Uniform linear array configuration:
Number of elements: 24
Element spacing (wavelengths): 0.75
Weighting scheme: binomial
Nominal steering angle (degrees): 0
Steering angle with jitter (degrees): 1.01
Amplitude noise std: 0.05
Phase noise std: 0.05

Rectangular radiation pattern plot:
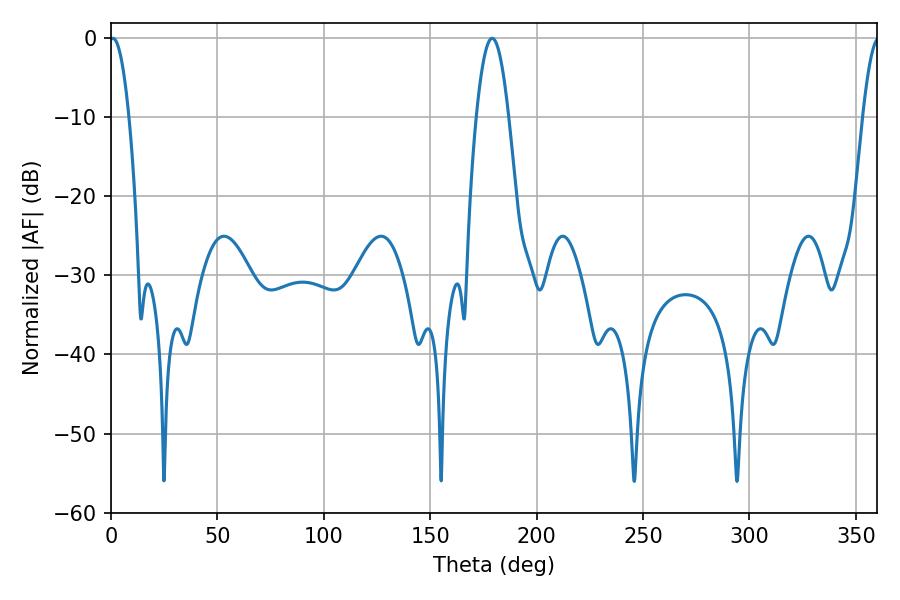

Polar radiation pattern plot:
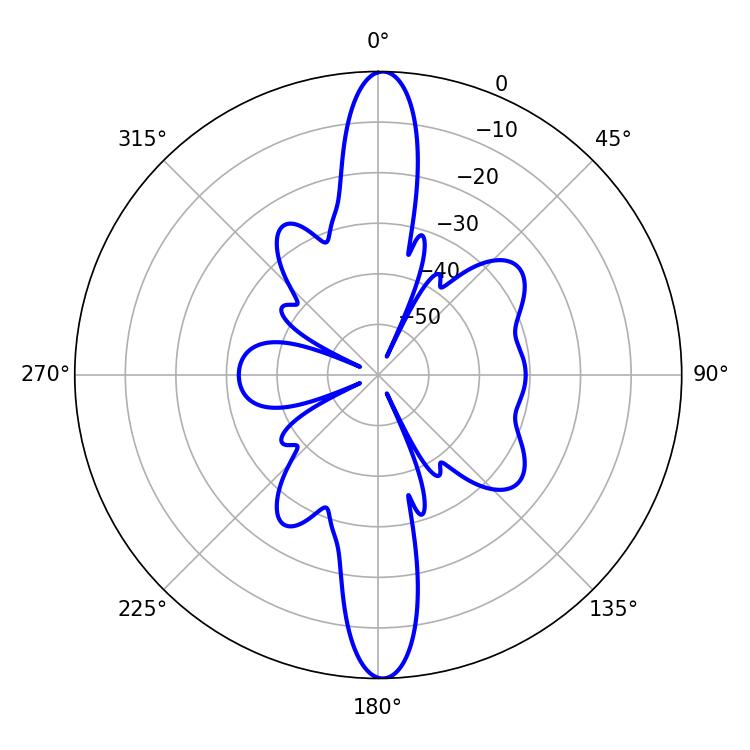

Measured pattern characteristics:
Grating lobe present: TRUE
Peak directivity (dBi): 25.762
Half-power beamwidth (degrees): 5.04
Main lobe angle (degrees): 0.9